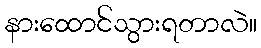
နားထောင်သွားရတာလဲ။